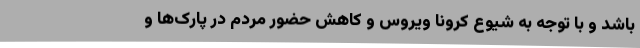
باشد و با توجه به شیوع کرونا ویروس و کاهش حضور مردم در پارک‌ها و